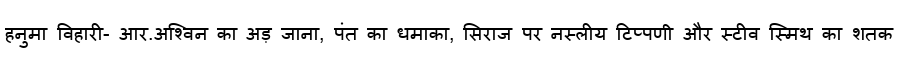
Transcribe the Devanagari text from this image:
हनुमा विहारी- आर.अश्विन का अड़ जाना, पंत का धमाका, सिराज पर नस्लीय टिप्पणी और स्टीव स्मिथ का शतक